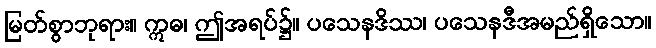
မြတ်စွာဘုရား။ ဣဓ၊ ဤအရပ်၌။ ပသေနဒိဿ၊ ပသေနဒီအမည်ရှိသော။